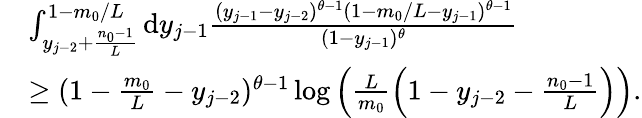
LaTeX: \begin{array}{rl}&{\int_{y_{j-2}+\frac{n_{0}-1}{L}}^{1-m_{0}/L}\mathrm{d}y_{j-1}\frac{(y_{j-1}-y_{j-2})^{\theta-1}(1-m_{0}/L-y_{j-1})^{\theta-1}}{(1-y_{j-1})^{\theta}}}\\ &{\geq(1-\frac{m_{0}}{L}-y_{j-2})^{\theta-1}\log\left(\frac{L}{m_{0}}\left(1-y_{j-2}-\frac{n_{0}-1}{L}\right)\right).}\end{array}